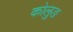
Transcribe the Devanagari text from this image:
कोलुङ